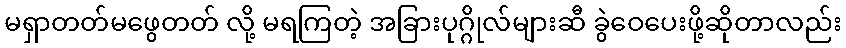
မရှာတတ်မဖွေတတ် လို့ မရကြတဲ့ အခြားပုဂ္ဂိုလ်များဆီ ခွဲဝေပေးဖို့ဆိုတာလည်း